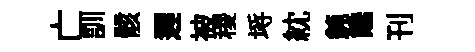
亡訓骸遲被稷埓紞鈍饞刊